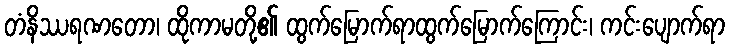
တံနိဿရဏတော၊ ထိုကာမတို့၏ ထွက်မြောက်ရာထွက်မြောက်ကြောင်း၊ ကင်းပျောက်ရာ